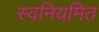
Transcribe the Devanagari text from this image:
स्वनियमित